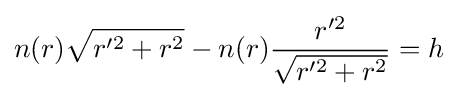
n(r){\sqrt {r'^{2}+r^{2}}}-n(r){\frac {r'^{2}}{\sqrt {r'^{2}+r^{2}}}}=h